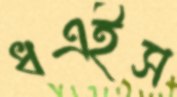
ধএইস